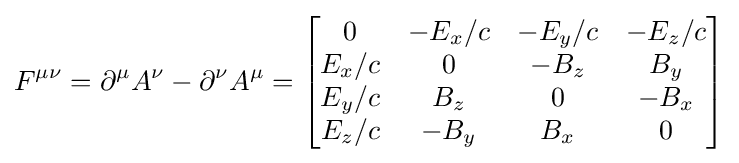
F^{\mu \nu }=\partial ^{\mu }A^{\nu }-\partial ^{\nu }A^{\mu }={\begin{bmatrix}0&-E_{x}/c&-E_{y}/c&-E_{z}/c\\E_{x}/c&0&-B_{z}&B_{y}\\E_{y}/c&B_{z}&0&-B_{x}\\E_{z}/c&-B_{y}&B_{x}&0\end{bmatrix}}